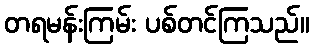
တရမန်းကြမ်း ပစ်တင်ကြသည်။